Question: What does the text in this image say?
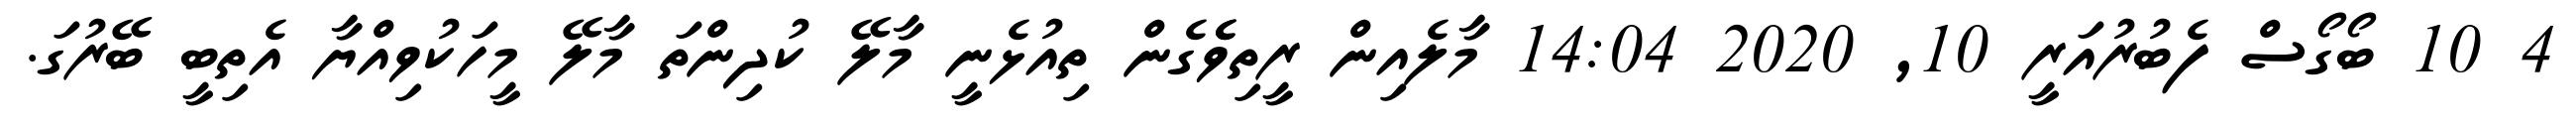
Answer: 4 10 ބޯގޯސް ފެބުރުއަރީ 10, 2020 14:04 މާލެއިން ރީތިވެެގެން ތިއުޅެނީ މާލޭ ކުދިންތަ މާލޭ މީހަކުވިއްޔާ އެތިބީ ބޭރުގަ.